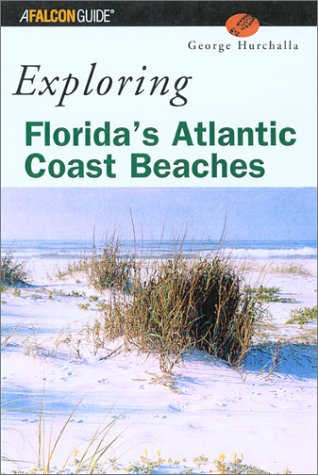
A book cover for Exploring Florida's Atlantic Coast Beaches: Including the Florida Keys (A Falcon Guide); George Hurchalla; Travel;